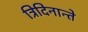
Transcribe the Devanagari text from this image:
त्रिदिनान्ते